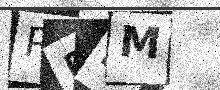
Text: PESM